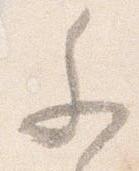
参